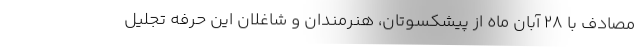
مصادف با ٢٨ آبان ماه از پیشکسوتان، هنرمندان و شاغلان این حرفه تجلیل